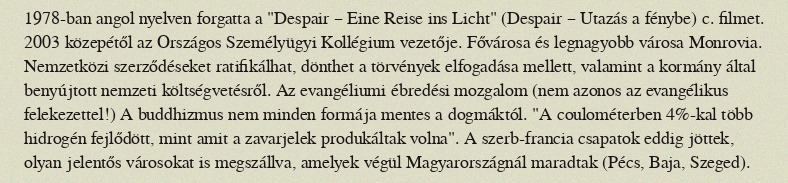
1978-ban angol nyelven forgatta a "Despair – Eine Reise ins Licht" (Despair – Utazás a fénybe) c. filmet. 2003 közepétől az Országos Személyügyi Kollégium vezetője. Fővárosa és legnagyobb városa Monrovia. Nemzetközi szerződéseket ratifikálhat, dönthet a törvények elfogadása mellett, valamint a kormány által benyújtott nemzeti költségvetésről. Az evangéliumi ébredési mozgalom (nem azonos az evangélikus felekezettel!) A buddhizmus nem minden formája mentes a dogmáktól. "A coulométerben 4%-kal több hidrogén fejlődött, mint amit a zavarjelek produkáltak volna". A szerb-francia csapatok eddig jöttek, olyan jelentős városokat is megszállva, amelyek végül Magyarországnál maradtak (Pécs, Baja, Szeged).